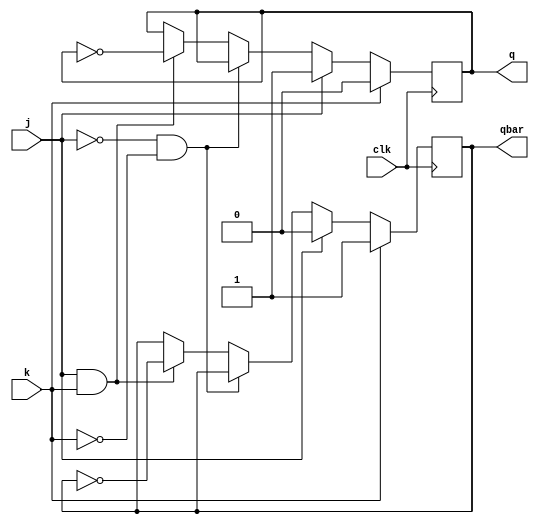
module jkff(q,qbar,clk,j,k); 
input j,k,clk; 
output reg q,qbar; 
always@(posedge clk) 
begin
if(k==1)
begin
q=0;
qbar=1;
end
else if(j==1)
begin
q=1;
qbar=0;
end
else if((j==0) & (k==0))
begin
q=q;
qbar=qbar;
end
else if((j==1) & (k==1))
begin
q=~q;
qbar=~qbar;
end
end 
endmodule